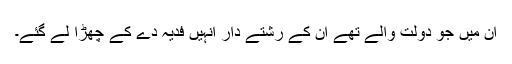
ان میں جو دولت والے تھے ان کے رشتے دار انہیں فدیہ دے کے چھڑا لے گئے۔